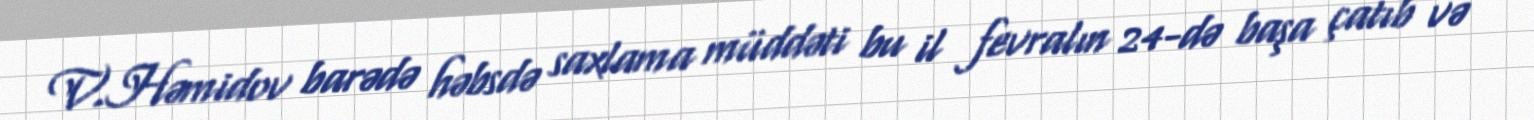
V.Həmidov barədə həbsdə saxlama müddəti bu il fevralın 24-də başa çatıb və